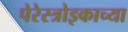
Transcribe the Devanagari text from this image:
पेरेस्त्रोइकाच्या